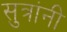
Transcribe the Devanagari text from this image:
सुत्रांनी